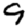
Digit: 9